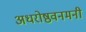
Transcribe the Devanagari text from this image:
अधरोष्ठवनमनी